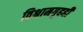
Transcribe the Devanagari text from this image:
विश्रामगृहही